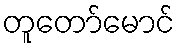
တူတော်မောင်